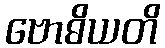
ဗောဓိယတိ